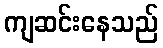
ကျဆင်းနေသည်